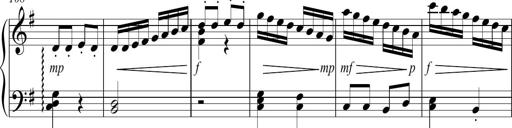
Title: Sonatina no. 2
Composer: Brian Henderson-Sellers
Key: G major